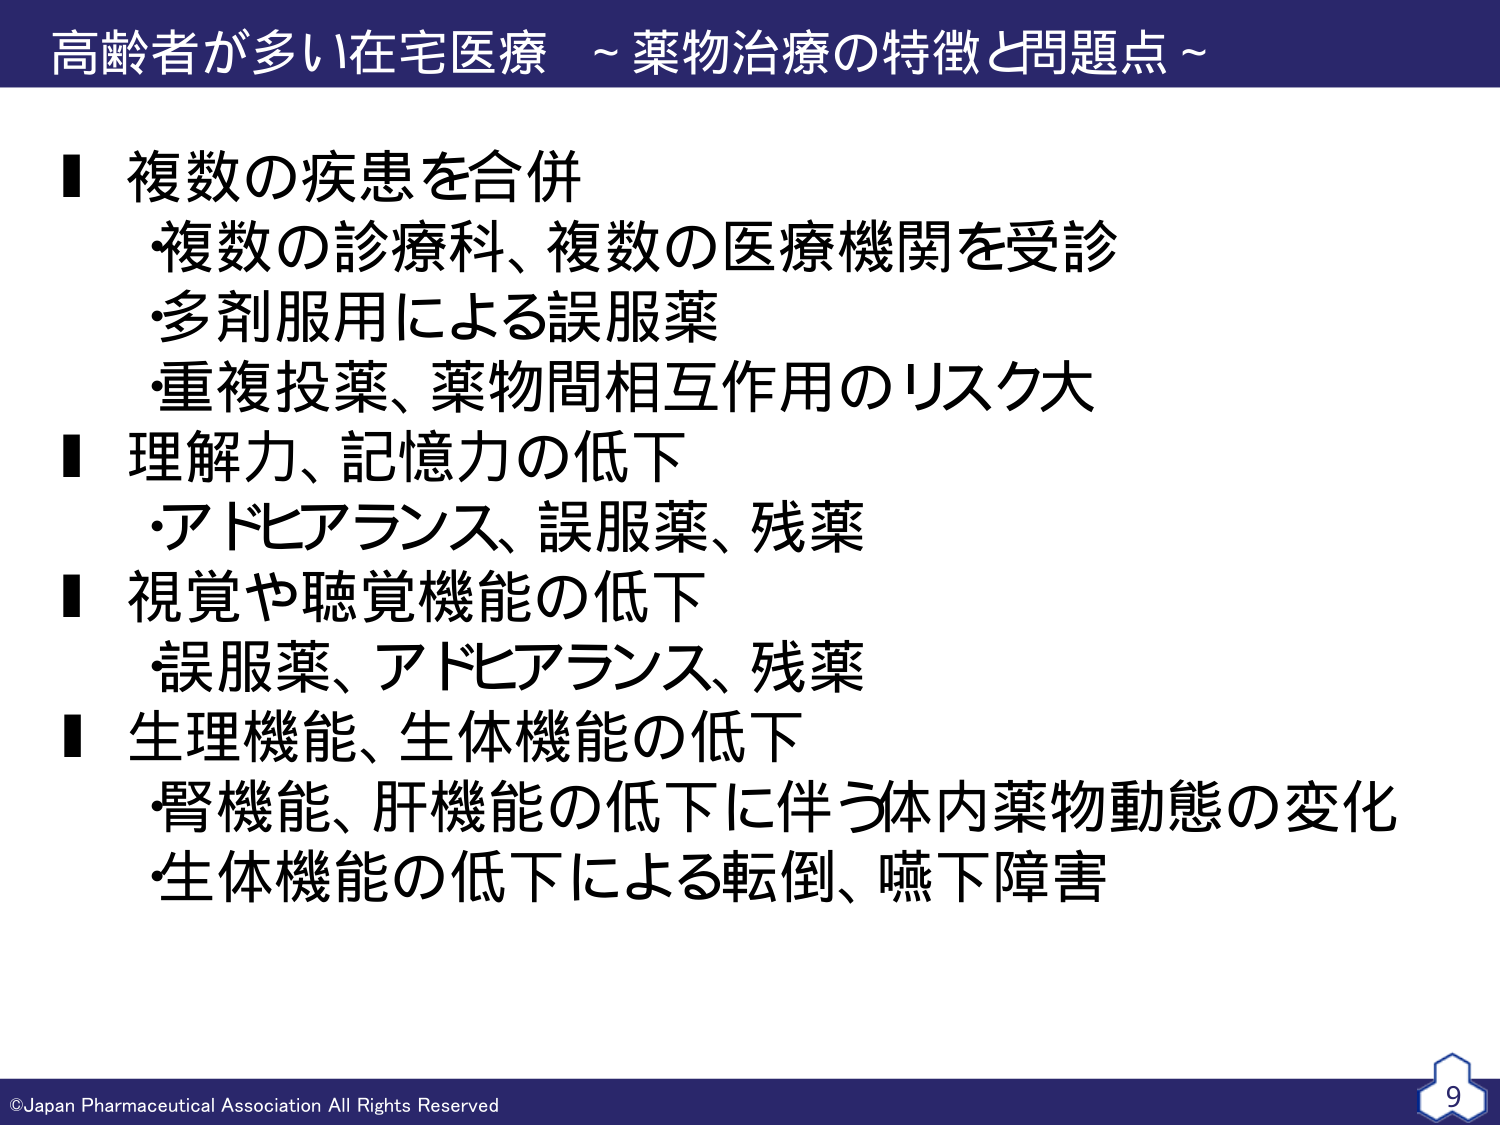
高齢者が多い在宅医療 ~薬物治療の特徴と問題点~

■ 複数の疾患を合併
・複数の診療科、複数の医療機関を受診
・多剤服用による誤服薬
・重複投薬、薬物間相互作用のリスク大

■ 理解力、記憶力の低下
・アドヒアランス、誤服薬、残薬

■ 視覚や聴覚機能の低下
・誤服薬、アドヒアランス、残薬

■ 生理機能、生体機能の低下
・腎機能、肝機能の低下に伴う体内薬物動態の変化
・生体機能の低下による転倒、嚥下障害

©Japan Pharmaceutical Association All Rights Reserved
9